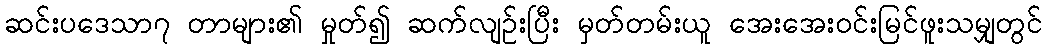
ဆင်းပဒေသာ၇ တာများ၏ မှုတ်၍ ဆက်လျဉ်းပြီး မှတ်တမ်းယူ အေးအေးဝင်းမြင်ဖူးသမျှတွင်